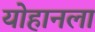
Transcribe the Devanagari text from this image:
योहानला